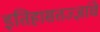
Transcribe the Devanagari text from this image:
इतिहासतज्ज्ञांचे